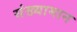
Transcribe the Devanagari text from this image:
संख्यामान